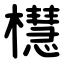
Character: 櫘